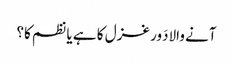
آنے والادَور غزل کا ہے یا نظم کا؟